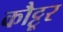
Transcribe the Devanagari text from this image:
कौट्टूर